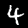
Label: 4